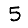
Digit: 5